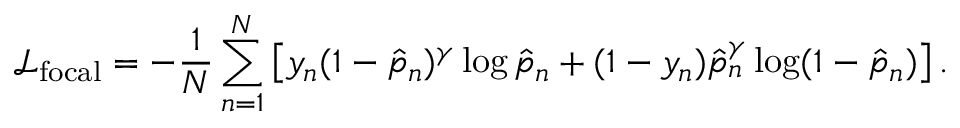
\mathcal { L } _ { \mathrm { f o c a l } } = - \frac { 1 } { N } \sum _ { n = 1 } ^ { N } \left[ y _ { n } ( 1 - \hat { p } _ { n } ) ^ { \gamma } \log \hat { p } _ { n } + ( 1 - y _ { n } ) \hat { p } _ { n } ^ { \gamma } \log ( 1 - \hat { p } _ { n } ) \right] .